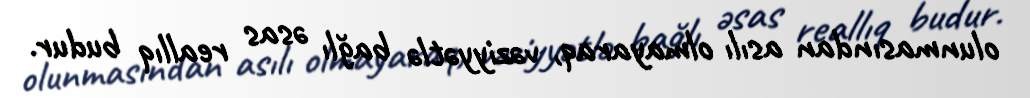
olunmasından asılı olmayaraq, vəziyyətlə bağlı əsas reallıq budur.